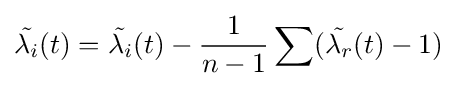
{\tilde {\lambda _{i}}}(t)={\tilde {\lambda _{i}}}(t)-{\frac {1}{n-1}}\sum ({\tilde {\lambda _{r}}}(t)-1)